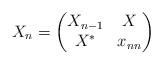
LaTeX: \begin{align*} X_n = \begin{pmatrix} X_{n-1} & X \\ X^* & x_{nn} \end{pmatrix}\end{align*}